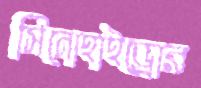
সিনোহাইড্রোর